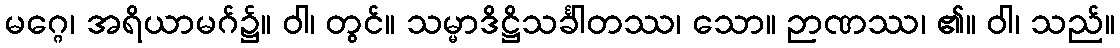
မဂ္ဂေ၊ အရိယာမဂ်၌။ ဝါ၊ တွင်။ သမ္မာဒိဋ္ဌိသင်္ခါတဿ၊ သော။ ဉာဏဿ၊ ၏။ ဝါ၊ သည်။